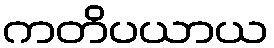
ကတိပယာယ